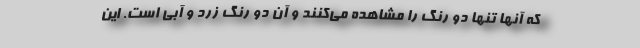
که آنها تنها دو رنگ را مشاهده می‌کنند و آن دو رنگ زرد و آبی است. این